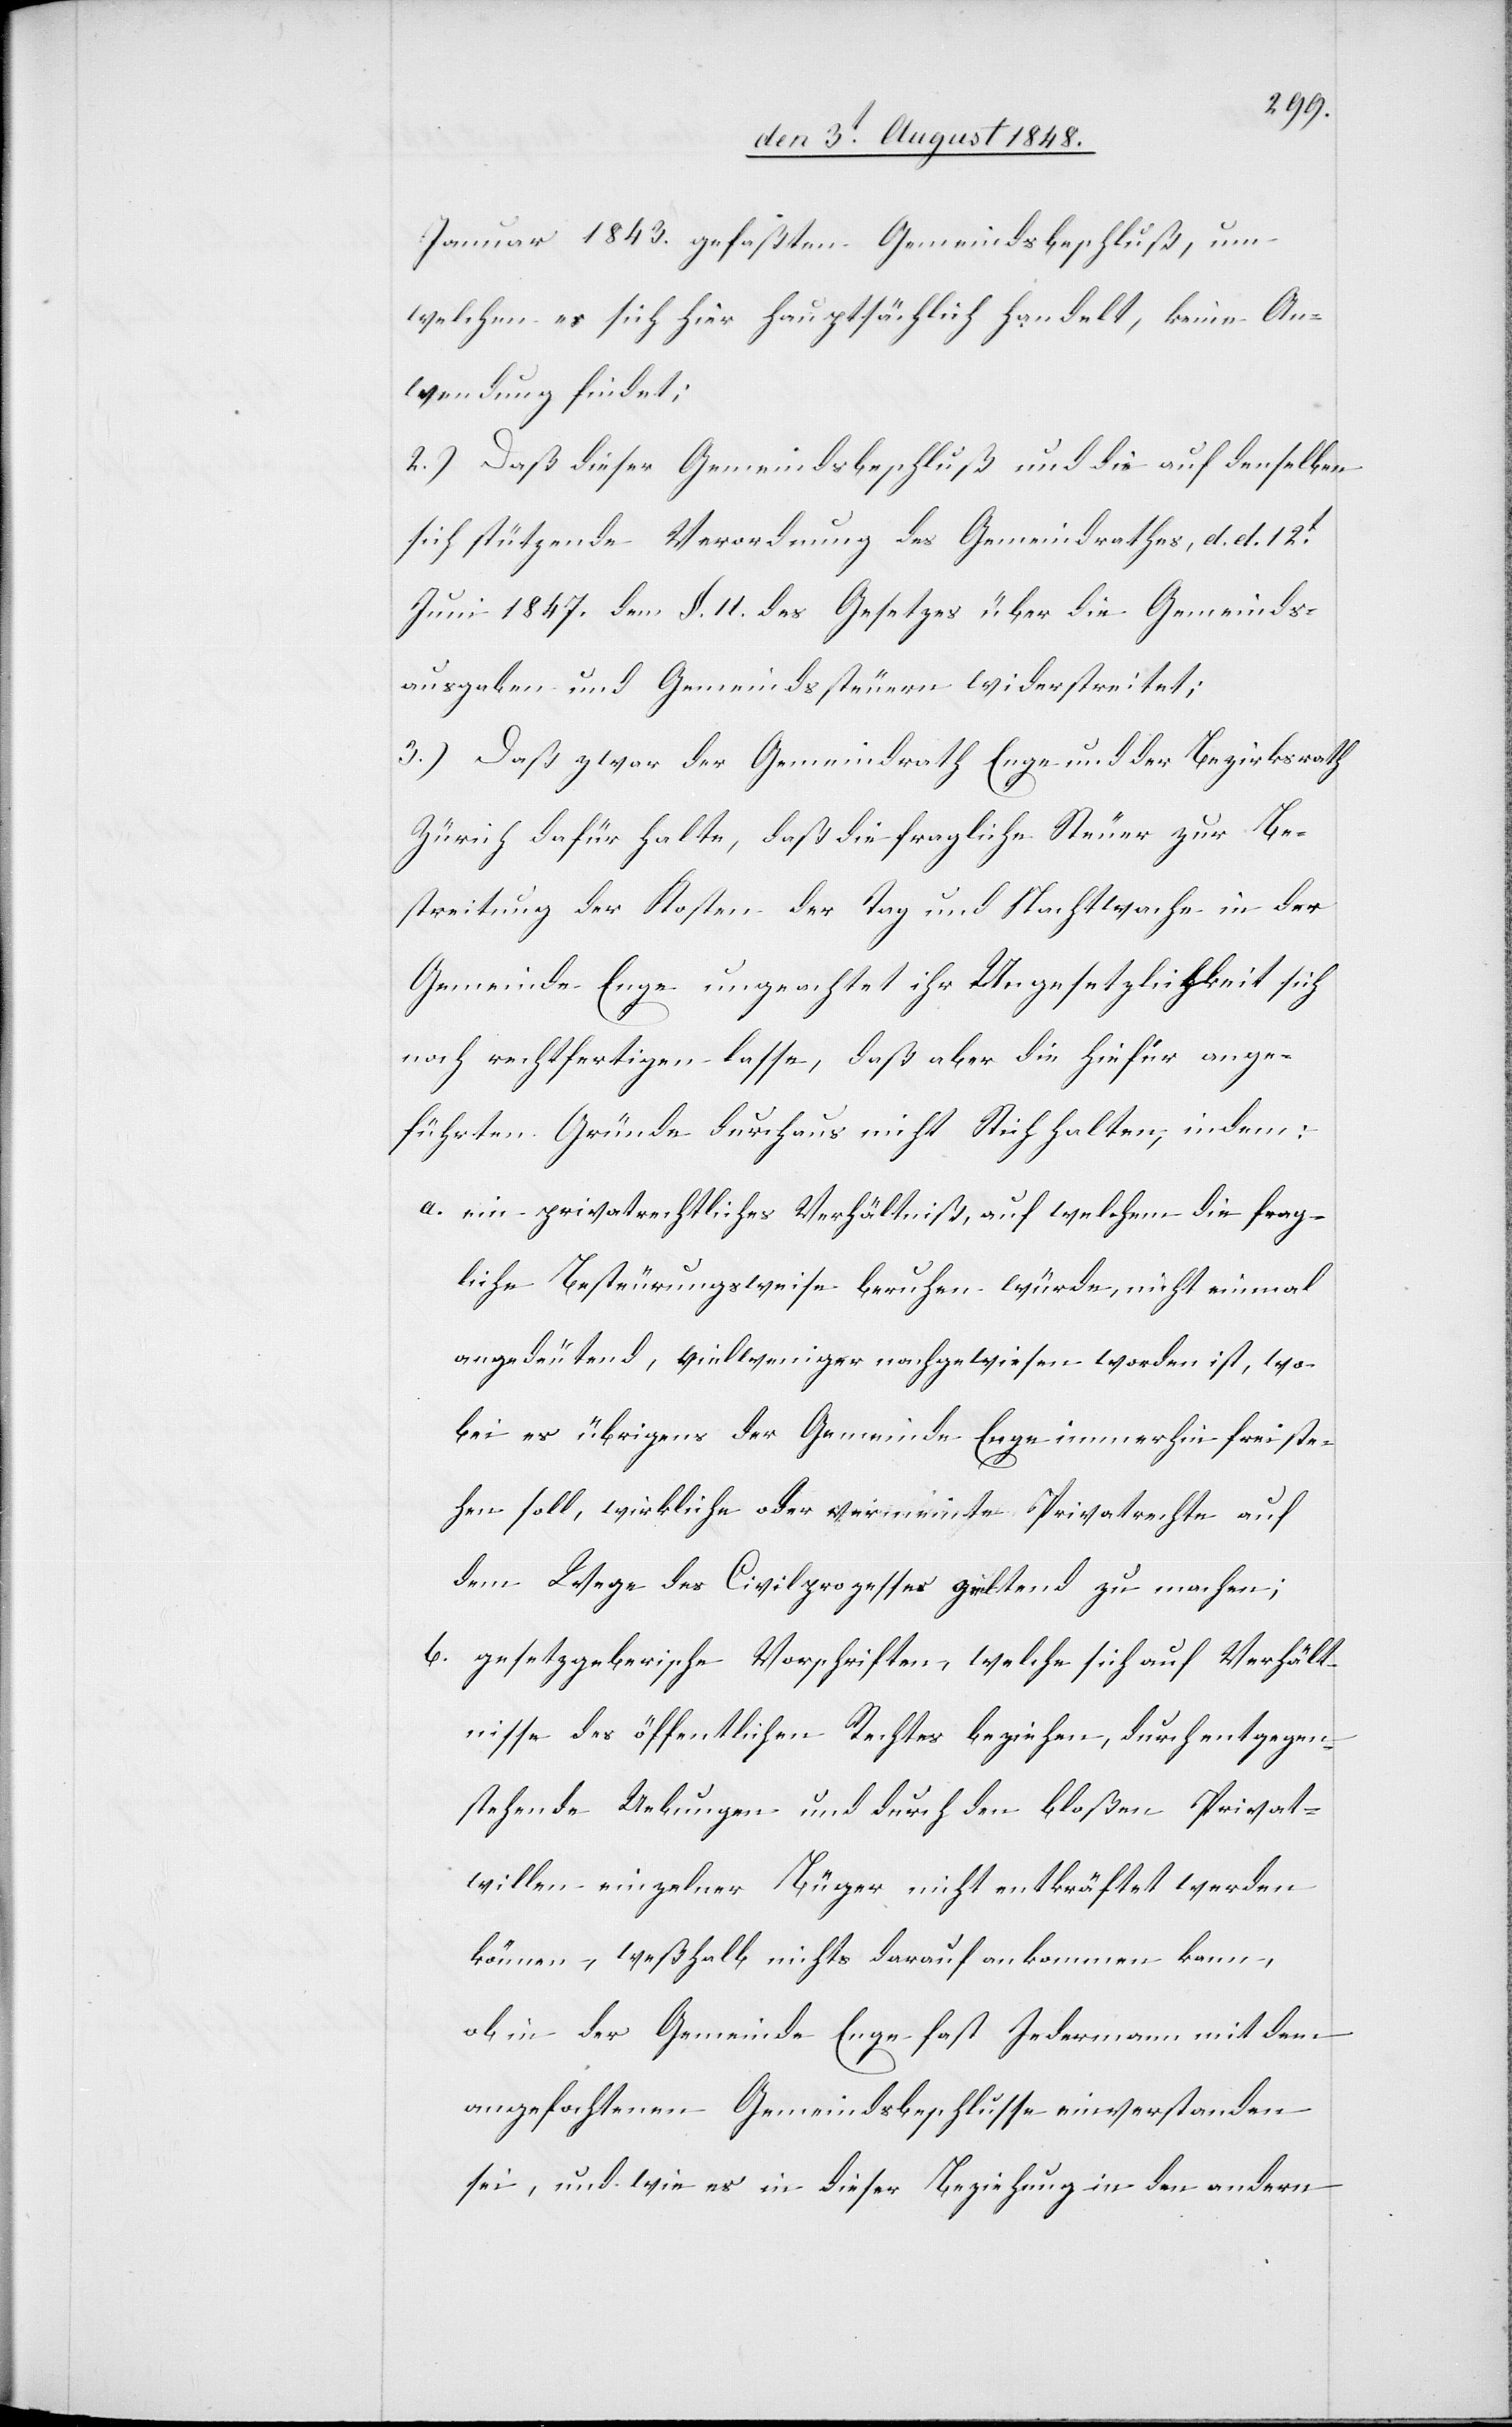
Januar 1843. gefaßten Gemeindsbeschluß, um
welchen es ich hier hauptsächlich handelt, keine An¬
wendung findet:
2.) Daß dieser Gemeindsbeschluß und die auf denselben
sich stützende Verordnung des Gemeindrathes, d. d. 12t
Juni 1847. dem §. 11. des Gesetzes über die Gemeinds¬
ausgaben und Gemeindssteuern widerstreitet;
3.) Daß zwar der Gemeindrath Enge und der Bezirksrath
Zürich dafür halte[n], daß die fragliche Steuer zur Be¬
streitung der Kosten der Tag und Nachtwache in der
Gemeinde Enge ungeachtet ihr Ungesetzlichkeit sich
noch rechtfertigen lasse, daß aber die hievor ange¬
führten Gründe durchaus nicht Stich halten, indem:
a. ein privatrechtliches Verhältniß, auf welchem die frag¬
liche Besteurungsweise beruhen würde, nicht einmal
angedeutend [sic!], vielweniger nachgewiesen worden ist, wo¬
bei es übrigens der Gemeinde Enge immerhin freiste¬
hen soll, wirkliche oder vermeinte Privatrechte auf
dem Wege des Civilprozesses geltend zu machen;
b. gesetzgeberische Vorschriften, welche sich auf Verhält¬
nisse des öffentlichen Rechtes beziehen, durch entgegen¬
stehende Uebungen und durch den bloßen Privat¬
willen einzelner Bürger nicht entkräftet werden
können, weßhalb nichts darauf ankommen kann,
ob in der Gemeinde Enge fast Jedermann mit dem
angefochtenen Gemeindbeschlusse einverstanden
sei, und wie es in dieser Beziehung in den andern